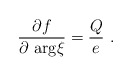
\begin{align*} \frac {\partial f}{\partial \ \mbox{\rm arg} \xi} = \frac Qe \ .\end{align*}